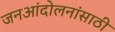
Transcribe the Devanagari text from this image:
जनआंदोलनांसाठी